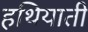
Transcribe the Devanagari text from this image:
हथियाती